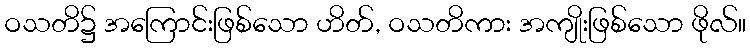
ဝသတိ၌ အကြောင်းဖြစ်သော ဟိတ်, ဝသတိကား အကျိုးဖြစ်သော ဖိုလ်။